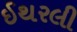
ઈથરલી